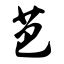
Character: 芭